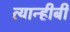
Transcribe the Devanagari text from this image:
त्यान्हीबी